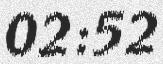
02:52